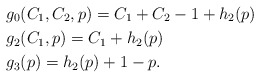
\begin{align*}&g_0(C_1,C_2,p)=C_1+C_2-1+h_2(p)\\&g_2(C_1,p)=C_1+h_2(p)\\&g_3(p)=h_2(p)+1-p.\end{align*}